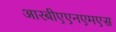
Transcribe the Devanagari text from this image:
आरबीएएनएमएस